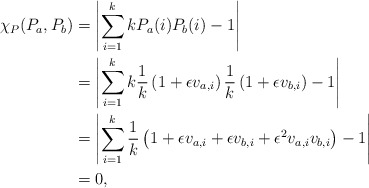
\begin{align*}\chi_P(P_a,P_b) &= \left| \sum_{i=1}^k kP_a(i)P_b(i) - 1 \right| \\&= \left| \sum_{i=1}^k k \frac{1}{k} \left( 1 + \epsilon v_{a,i} \right) \frac{1}{k}\left( 1 + \epsilon v_{b,i} \right) - 1 \right| \\&= \left| \sum_{i=1}^k \frac{1}{k} \left( 1 + \epsilon v_{a,i} + \epsilon v_{b,i} + \epsilon^2 v_{a,i} v_{b,i} \right) - 1 \right| \\&= 0,\end{align*}